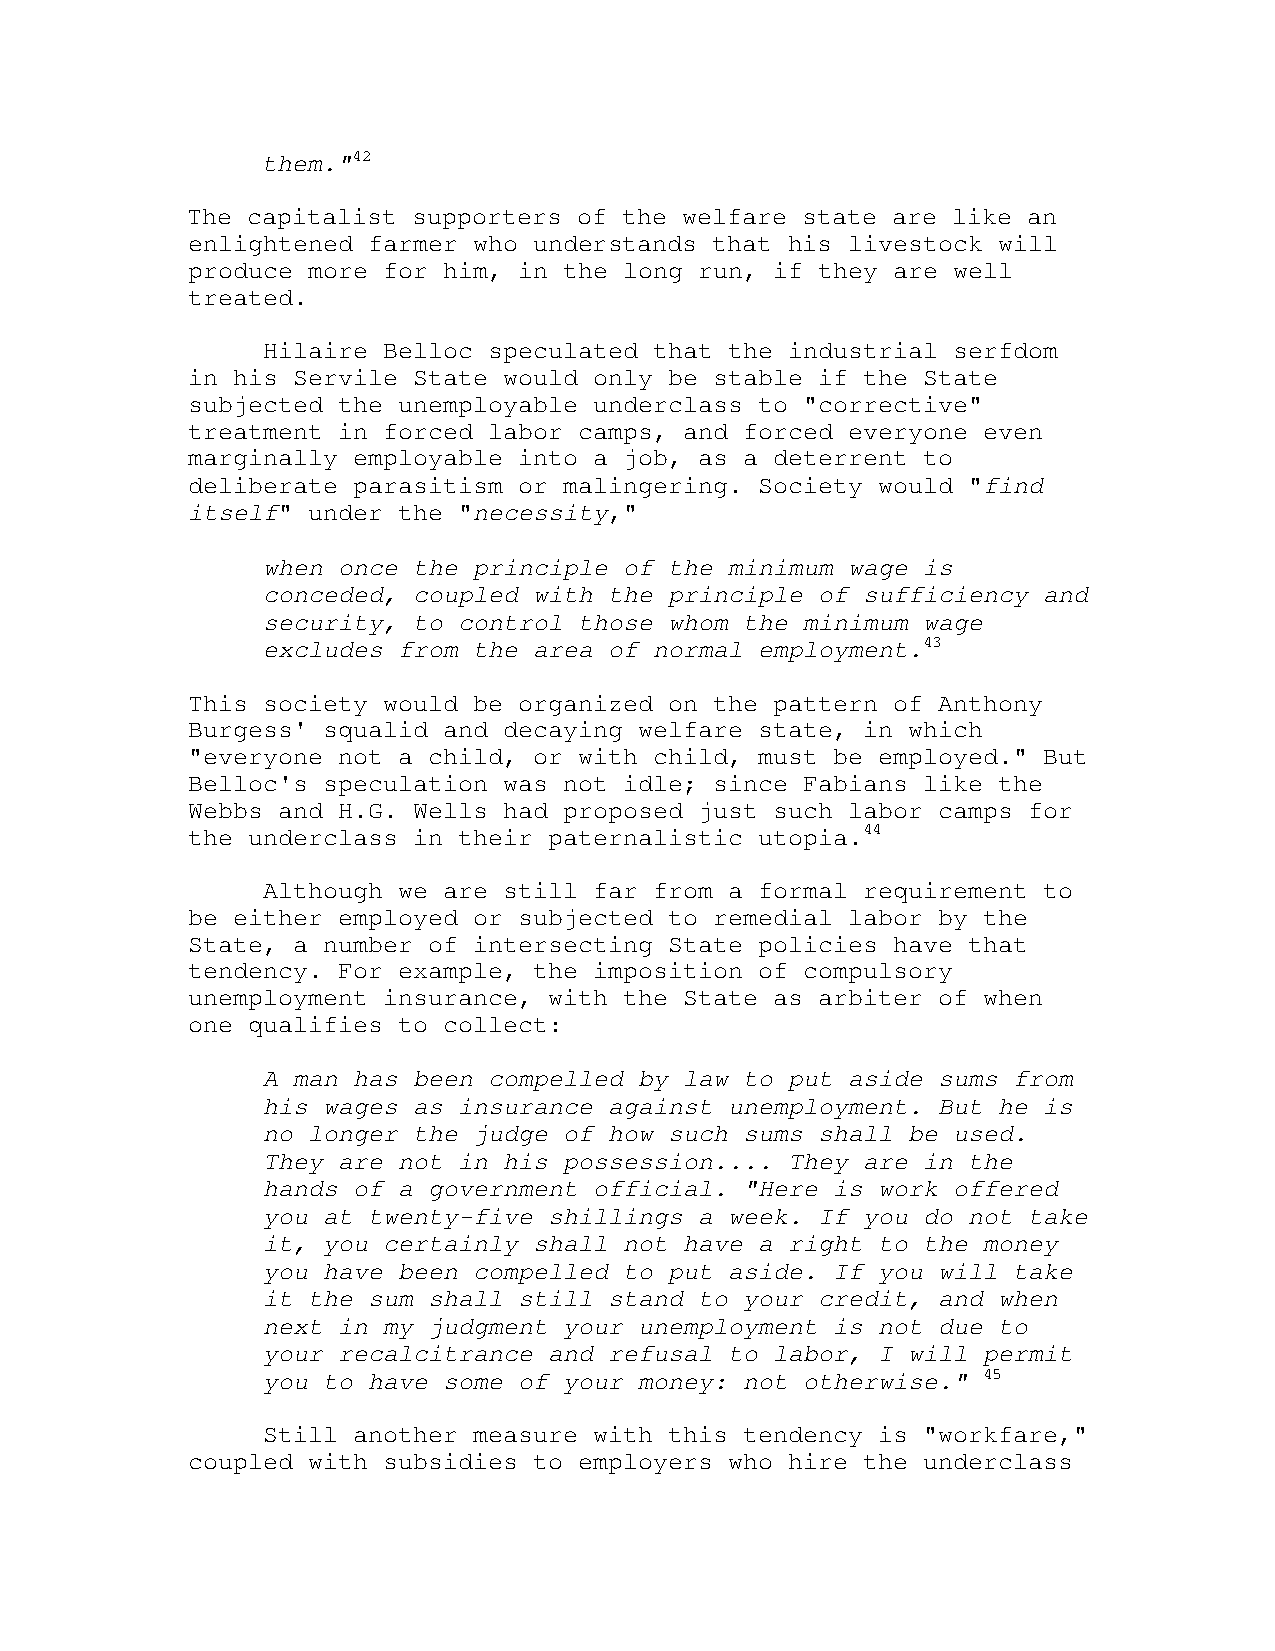
them."42
 The capitalist supporters of the welfare state are like an
 enlightened farmer who understands that his livestock will
 produce more for him, in the long run, if they are well
 treated.
 Hilaire Belloc speculated that the industrial serfdom
 in his Servile State would only be stable if the State
 subjected the unemployable underclass to "corrective"
 treatment in forced labor camps, and forced everyone even
 marginally employable into a job, as a deterrent to
 deliberate parasitism or malingering. Society would "find
 itself" under the "necessity,"
 when once the principle of the minimum wage is
 conceded, coupled with the principle of sufficiency and
 security, to control those whom the minimum wage
 excludes from the area of normal employment.43
 This society would be organized on the pattern of Anthony
 Burgess' squalid and decaying welfare state, in which
 "everyone not a child, or with child, must be employed." But
 Belloc's speculation was not idle; since Fabians like the
 Webbs and H.G. Wells had proposed just such labor camps for
 the underclass in their paternalistic utopia.44
 Although we are still far from a formal requirement to
 be either employed or subjected to remedial labor by the
 State, a number of intersecting State policies have that
 tendency. For example, the imposition of compulsory
 unemployment insurance, with the State as arbiter of when
 one qualifies to collect:
 A man has been compelled by law to put aside sums from
 his wages as insurance against unemployment. But he is
 no longer the judge of how such sums shall be used.
 They are not in his possession.... They are in the
 hands of a government official. "Here is work offered
 you at twenty-five shillings a week. If you do not take
 it, you certainly shall not have a right to the money
 you have been compelled to put aside. If you will take
 it the sum shall still stand to your credit, and when
 next in my judgment your unemployment is not due to
 your recalcitrance and refusal to labor, I will permit
 you to have some of your money: not otherwise." 45
 Still another measure with this tendency is "workfare,"
 coupled with subsidies to employers who hire the underclass